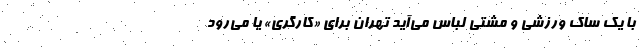
با یک ساک ورزشی و مشتی لباس می‌آید تهران برای «کارگری» یا می‌رود